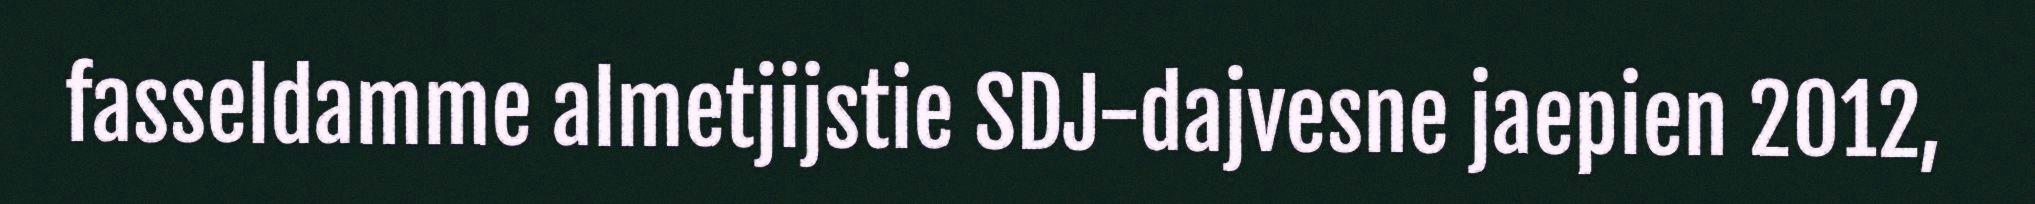
fasseldamme almetjijstie SDJ-dajvesne jaepien 2012,